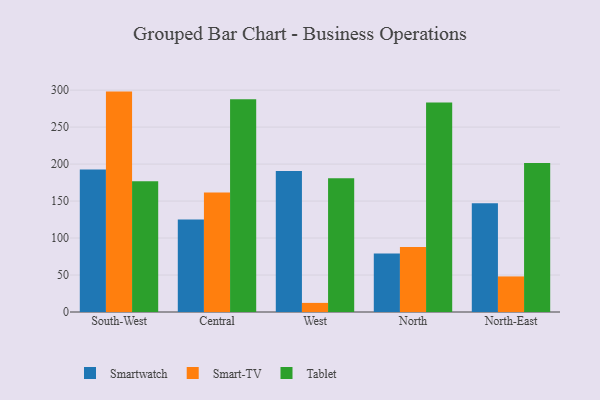
{"axis": {"x": "Region", "y": "Conversion Rate (%)"}, "legend": ["Smart-TV", "Smartwatch", "Tablet"], "data": [{"x": "South-West", "y": 192.6, "type": "Smartwatch"}, {"x": "South-West", "y": 298.0, "type": "Smart-TV"}, {"x": "South-West", "y": 176.8, "type": "Tablet"}, {"x": "Central", "y": 125.0, "type": "Smartwatch"}, {"x": "Central", "y": 161.7, "type": "Smart-TV"}, {"x": "Central", "y": 287.8, "type": "Tablet"}, {"x": "West", "y": 190.8, "type": "Smartwatch"}, {"x": "West", "y": 12.3, "type": "Smart-TV"}, {"x": "West", "y": 181.0, "type": "Tablet"}, {"x": "North", "y": 79.2, "type": "Smartwatch"}, {"x": "North", "y": 87.8, "type": "Smart-TV"}, {"x": "North", "y": 283.3, "type": "Tablet"}, {"x": "North-East", "y": 147.0, "type": "Smartwatch"}, {"x": "North-East", "y": 48.1, "type": "Smart-TV"}, {"x": "North-East", "y": 201.4, "type": "Tablet"}]}